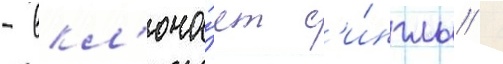
- вкл'юча́ет с'и́нглы /